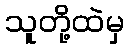
သူတို့ထဲမှ